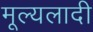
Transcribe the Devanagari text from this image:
मूल्यलादी